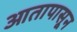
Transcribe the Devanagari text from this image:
आतापासून